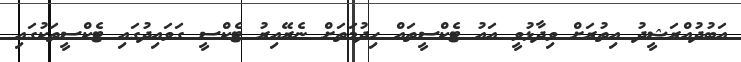
އަބުދުއްރަޝީދު އިތުރަށް ވިދާޅުވީ އައު ޓެކްސީތައް ހިދުމަތަށް ނެރޭއިރު ޓެކްސީ ގަވައިދުގައި ޓެކްސީތަކުގައި